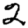
Digit: 2